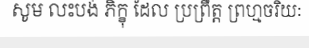
សូម លះបង់ ភិក្ខុ ដែល ប្រព្រឹត្ត ព្រហ្មចរិយៈ